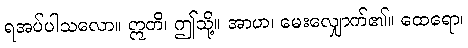
ရအပ်ပါသလော။ ဣတိ၊ ဤသို့။ အာဟ၊ မေးလျှောက်၏။ ထေရော၊